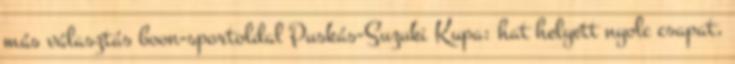
más választás boon-sportoldal Puskás-Suzuki Kupa: hat helyett nyolc csapat,